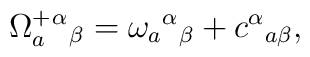
\Omega^+_a{^\alpha}{_\beta} = \omega_a{^\alpha}{_\beta} +c{^\alpha}{_{a\beta}},